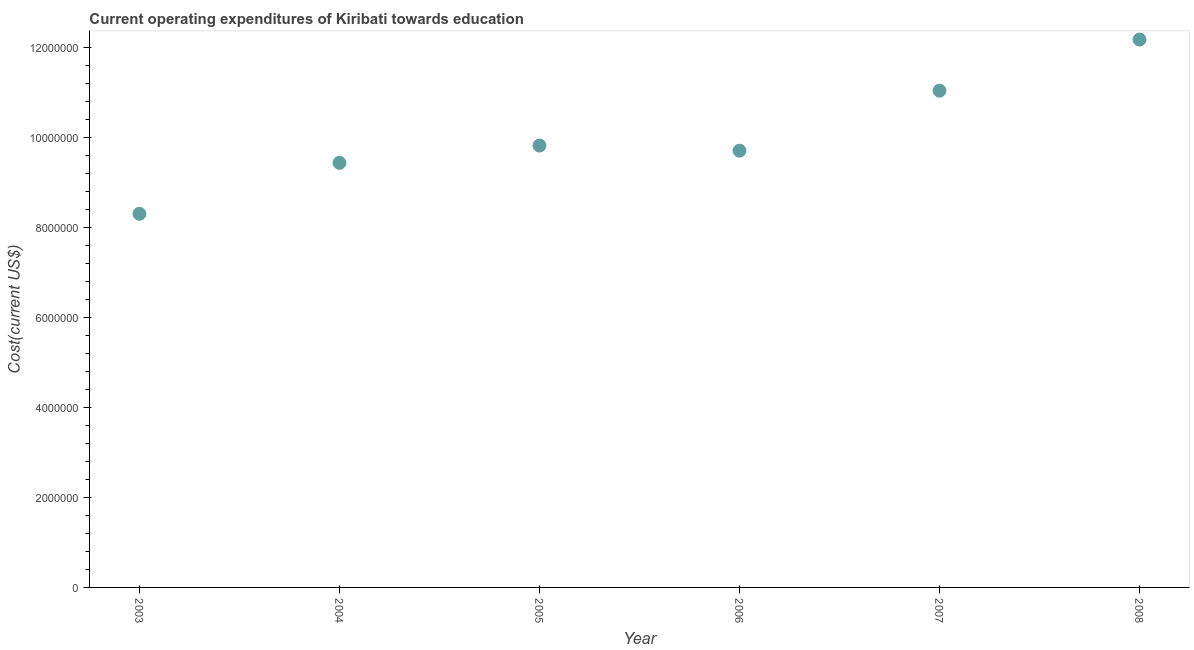
| Year | Education expenditure |
 | --- | --- |
 | 2003 | 8.31e+06 |
 | 2004 | 9.44e+06 |
 | 2005 | 9.83e+06 |
 | 2006 | 9.72e+06 |
 | 2007 | 1.11e+07 |
 | 2008 | 1.22e+07 |